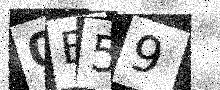
Text: 0E59